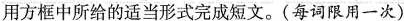
用方框中所给的适当形式完成短文.(每词限用一次)